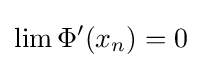
\lim \Phi '(x_{n})=0